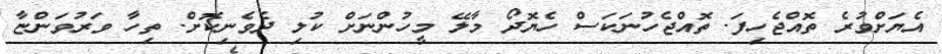
އެޔަށްވުރެ ތޮއްޖެހިފަ. ތޮއްޖެހުނަކަސް ހެޔޮދޯ މާލޭ މީހުންނަށް ކުލި ދެވެނިކޮށް. ތިހާ ވަރުވަންޏާ